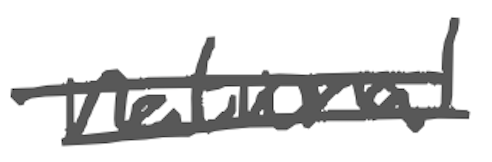
Text: national
Cross-out: mix
Writing tool: digital_gray